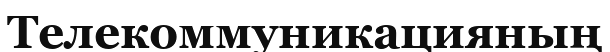
Телекоммуникацияның